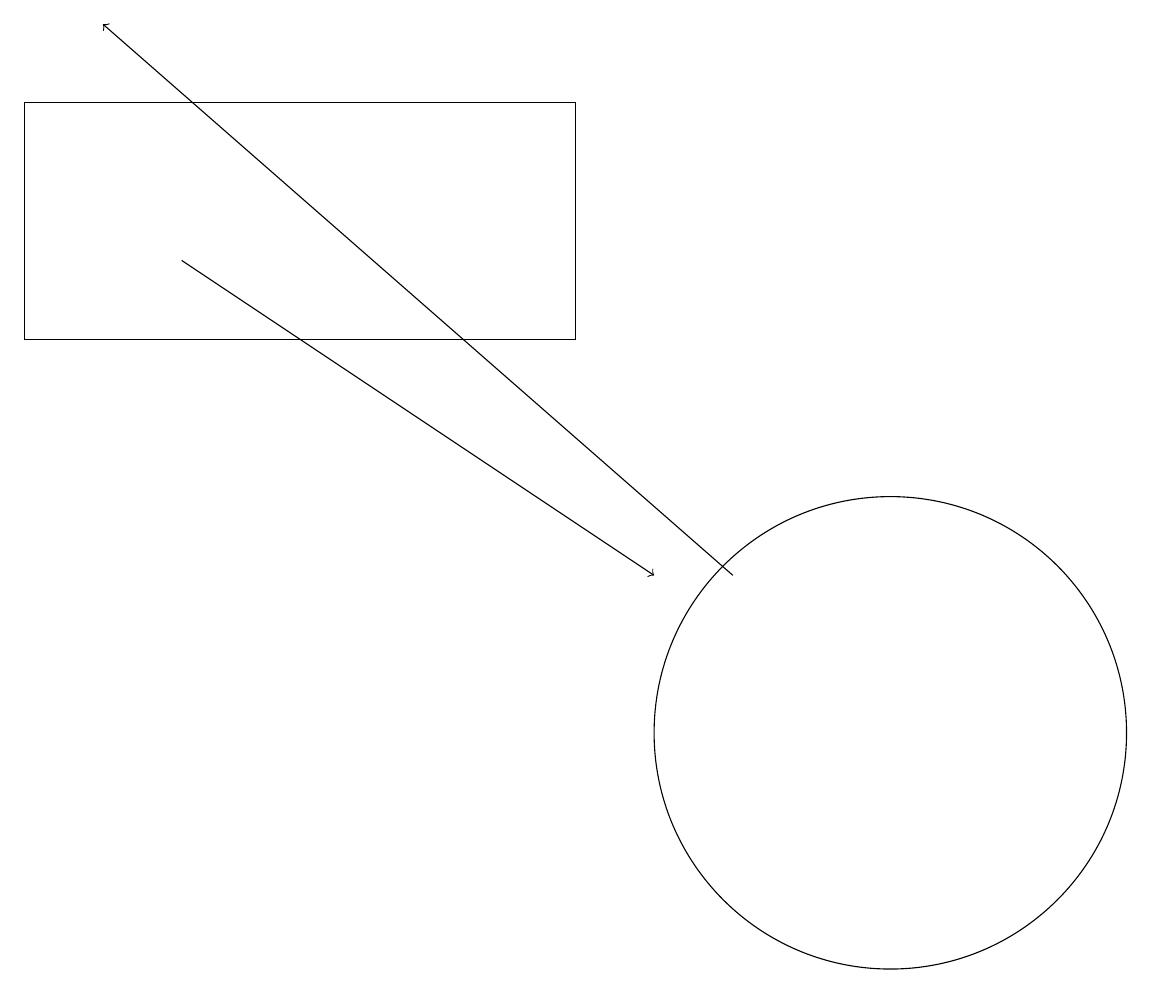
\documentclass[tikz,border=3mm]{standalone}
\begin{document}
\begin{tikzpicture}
\draw[->] (2,16) -- (8,12);
\draw (7,15) rectangle (0,18);
\draw (11,10) circle (3);
\draw[->] (9,12) -- (1,19);
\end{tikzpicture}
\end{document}